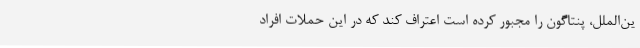
ین‌الملل، پنتاگون را مجبور کرده است اعتراف کند که در این حملات افراد